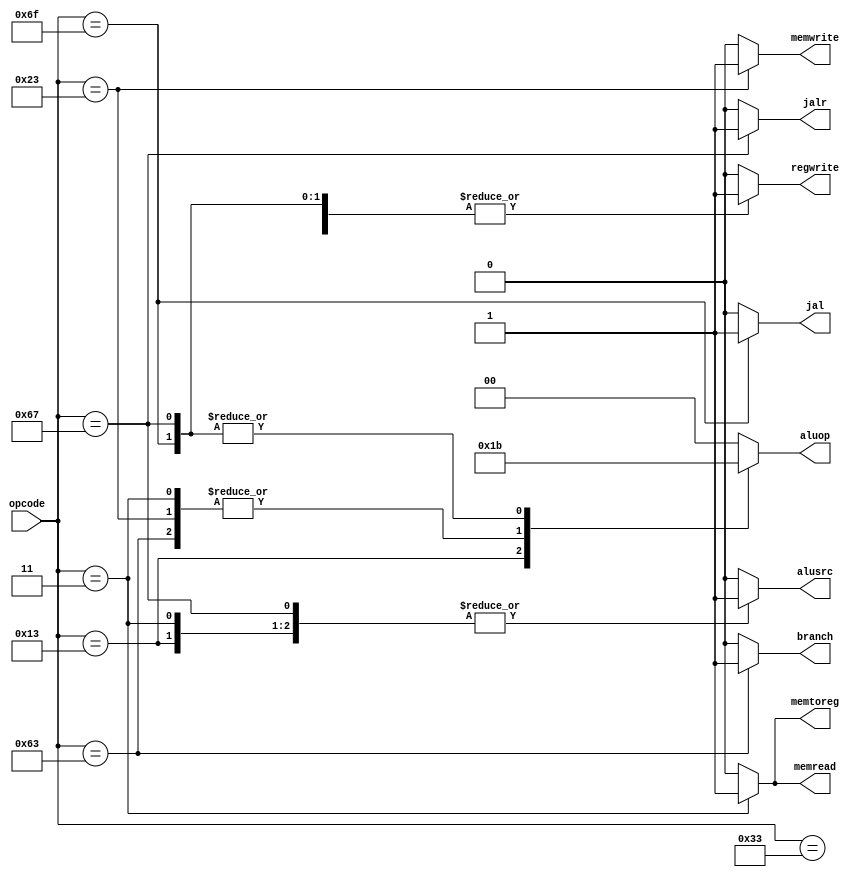
module Decoder(
    opcode,
    jalr,
    jal,
    branch,
    memread,
    memtoreg,
    memwrite,
    alusrc,
    regwrite,
    aluop
    );
    input [6:0] opcode;

    output reg jalr;
    output reg jal;
    output reg branch;
    output reg memread;
    output reg memtoreg;
    output reg memwrite;
    output reg alusrc;
    output reg regwrite;
    output reg [1:0] aluop;

    //TYPE
    localparam RTYPE = 7'b0110011;
    localparam ITYPE = 7'b0010011;
    localparam LOAD  = 7'b0000011;
    localparam SAVE  = 7'b0100011;
    localparam BTYPE = 7'b1100011;
    localparam JTYPE = 7'b1101111;
    localparam JRTYPE= 7'b1100111;

    always@(*) begin
        jalr    = 0;
        jal     = 0;
        branch  = 0;
        memread = 0;
        memtoreg= 0;
        memwrite= 0;
        alusrc  = 0;
        regwrite= 0;
        aluop   = 0;
       
        case(opcode)
            RTYPE: 
            begin
                jalr    = 0;
                jal     = 0;
                branch  = 0;
                memread = 0;
                memtoreg= 0;
                memwrite= 0;
                alusrc  = 0;
                regwrite= 1;
                aluop   = 2'b00;
            end
            ITYPE: 
            begin
                jalr    = 0;
                jal     = 0;
                branch  = 0;
                memread = 0;
                memtoreg= 0;
                memwrite= 0;
                alusrc  = 1;
                regwrite= 1;
                aluop   = 2'b01;
            end
            LOAD:
            begin
                jalr    = 0;
                jal     = 0;
                branch  = 0;
                memread = 1;
                memtoreg= 1;
                memwrite= 0;
                alusrc  = 1;
                regwrite= 1;
                aluop   = 2'b10;
            end
            SAVE:
            begin
                jalr    = 0;
                jal     = 0;
                branch  = 0;
                memread = 0;
                memtoreg= 0;
                memwrite= 1;
                alusrc  = 1;
                regwrite= 0;
                aluop   = 2'b10;
            end
            BTYPE:
            begin
                jalr    = 0;
                jal     = 0;
                branch  = 1;
                memread = 0;
                memtoreg= 0;
                memwrite= 0;
                alusrc  = 0;
                regwrite= 0;
                aluop   = 2'b10;
            end
            JTYPE:
            begin
                jalr    = 0;
                jal     = 1;
                branch  = 0;
                memread = 0;
                memtoreg= 0;
                memwrite= 0;
                alusrc  = 0;
                regwrite= 1;
                aluop   = 2'b11;
            end
            JRTYPE:
            begin
                jalr    = 1;
                jal     = 0;
                branch  = 0;
                memread = 0;
                memtoreg= 0;
                memwrite= 0;
                alusrc  = 1;
                regwrite= 1;
                aluop   = 2'b11;
            end
            default:
            begin
                jalr    = 0;
                jal     = 0;
                branch  = 0;
                memread = 0;
                memtoreg= 0;
                memwrite= 0;
                alusrc  = 0;
                regwrite= 0;
                aluop   = 0;
            end
        endcase
    end
endmodule